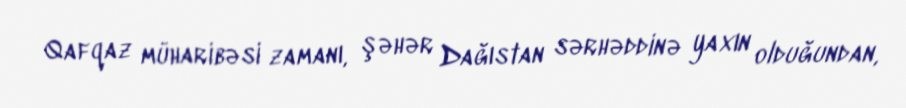
Qafqaz müharibəsi zamanı, şəhər Dağıstan sərhəddinə yaxın olduğundan,